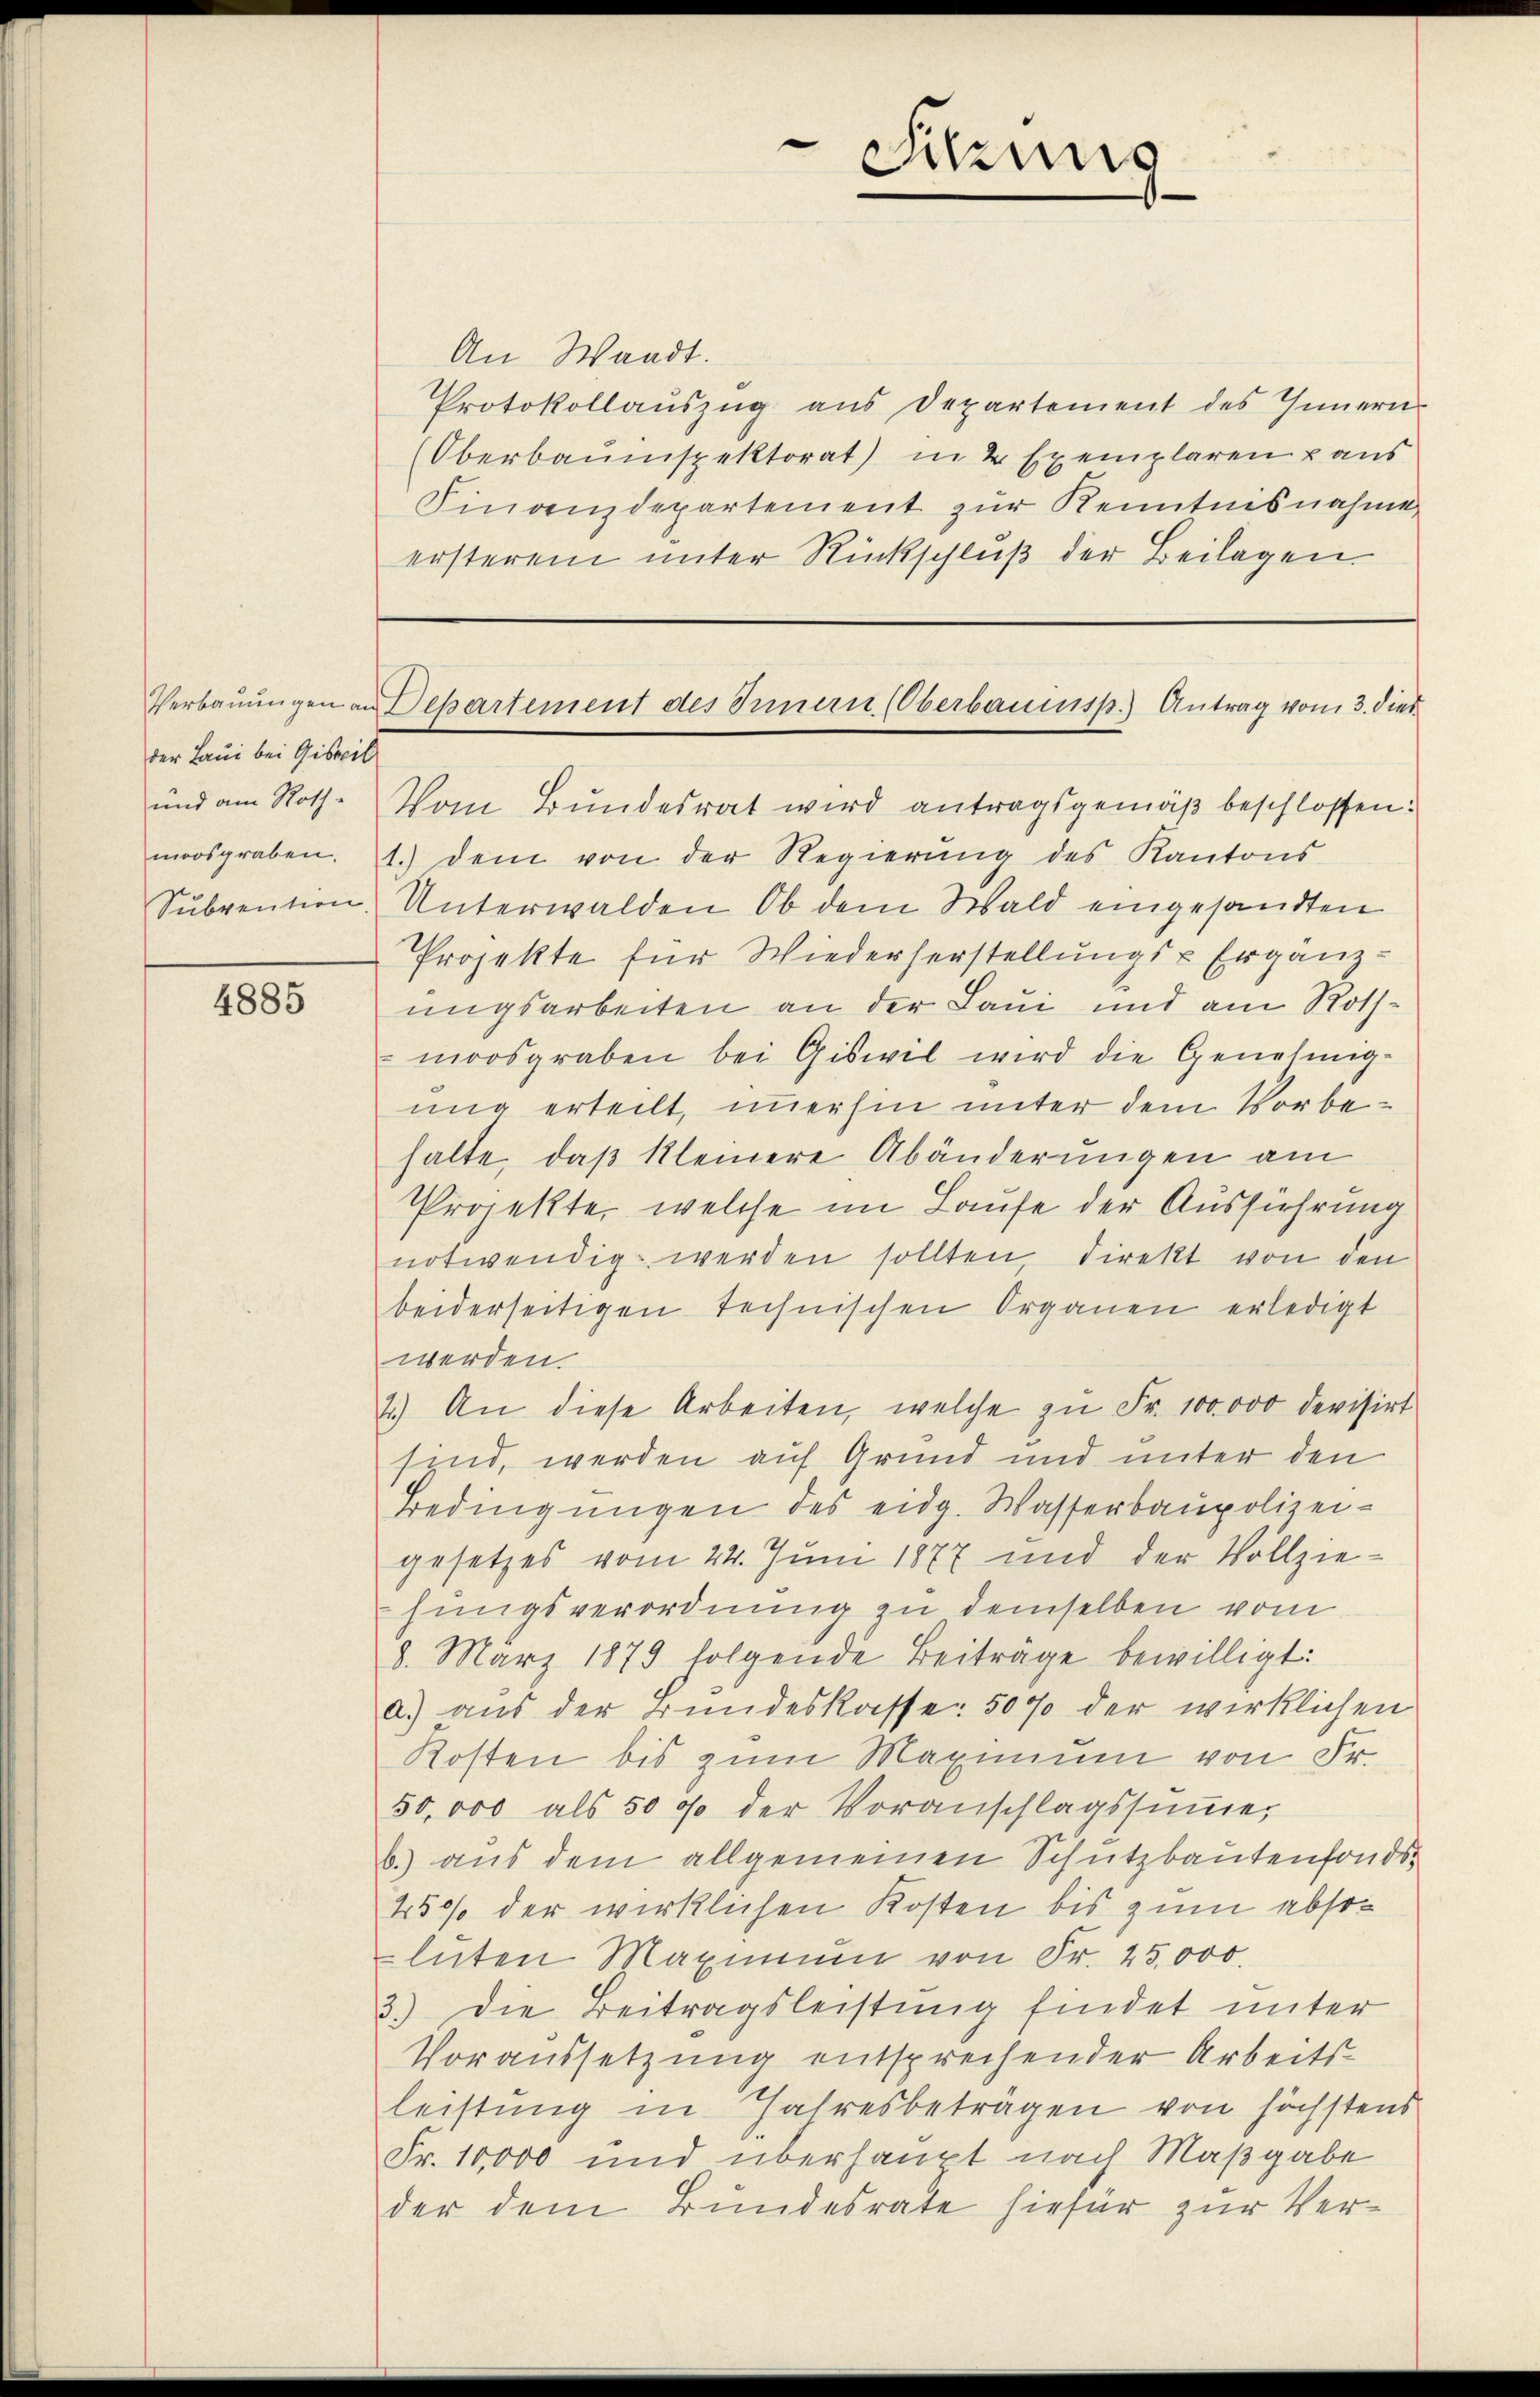
der Laui bei Gisvil
und am Rothmoosgraben.
Subvention

4885

Sihung

An Waadt.
Protokollauszug aus Departement des Innern
(Oberbauinspektorat) in 2 Exemplaren u aus
Finanzdepartement zur Kenntnisnahme
ersterem unter Rückschluß der Beilagen.

Verbauungen an Separtement des Innern (Oberbauinsp.) Antrag vom 3. dies

Vom Bundesrat wird antragsgemäß beschlossen:
1.) dem von der Regierŭng des Kantons
Unterwalden, Ob dem Wald eingesandten
Projekte für Wiederherstellungs- u Ergänzungsarbeiten an der Laui und am Rothmoosgraben bei Giswil wird die Genehmig-
ung erteilt, immerhin unter dem Vorbehalte, daß kleinere Abänderungen am
Projekte, welche im Laufe der Ausführung
notwendig werden sollten direkt von den
beiderseitigen technischen Organen erledigt
werden.
2.) An diese Arbeiten, welche zu Fr. 100000 devisirt
sind, werden auf Grund und unter den
Bedingungen des eidg. Wasserbaupolizeigesetzes vom 24. Juni 1877 und der Vollziehungsverordnung zu demselben vom
8. März 1879 folgende Beiträge bewilligt:
a.) aus der Bundeskasse 50% der wirklichen
Kosten bis zum Maximum von Fr.
50,000 als 50 % der Voranschlagssumme,
b.) aus dem allgemeinen Schutzbautenfonds¬
450% der wirklichen Kosten bis zum absolüten Maximum von Fr. 25,000.
3.) Die Beitragsleistung findet unter
Voraussetzung entsprechender Arbeits-
leistung in Jahresbeträgen von höchstens
Fr. 10,000 und überhaupt nach Maßgabe
der dem Bundesrate hiefür zur Ver¬